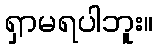
ရှာမရပါဘူး။